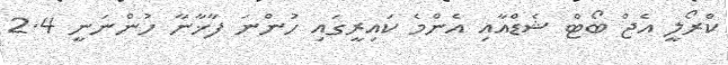
ކްރޯލީ އެޖް ބޯޓް ޝެޑްއާއި އެންމެ ކައިރީގައި ހުންނަ ފާޚާނާ ހުންނަނީ 2.4